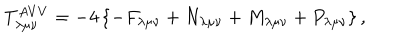
LaTeX: T _ { \lambda \mu \nu } ^ { A V V } = - 4 \left\{ - F _ { \lambda \mu \nu } + N _ { \lambda \mu \nu } + M _ { \lambda \mu \nu } + P _ { \lambda \mu \nu } \right\} ,